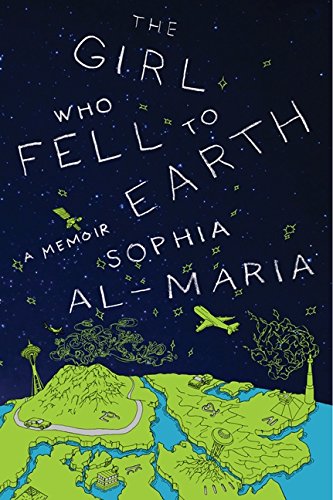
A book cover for The Girl Who Fell to Earth: A Memoir; Sophia Al-Maria; Biographies & Memoirs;